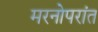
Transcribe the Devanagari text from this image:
मरनोपरांत